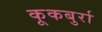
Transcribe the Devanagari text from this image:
कूकबुर्रा